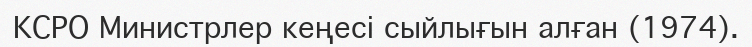
КСРО Министрлер кеңесі сыйлығын алған (1974).